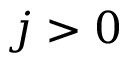
j > 0